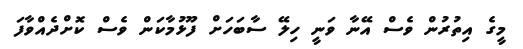
މީގެ އިތުރުން ވެސް އޭނާ ވަނީ ހިލޭ ސާބަހަށް ފޫޅުމާކަން ވެސް ކޮށްދެއްވާފަ